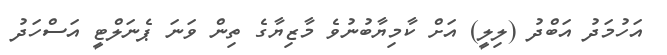
އަހުމަދު އަބްދު (ލިލީ) އަށް ކާމިޔާބުނުވެ މާޒިޔާގެ ތިން ވަނަ ޕެނަލްޓީ އަސްހަދު